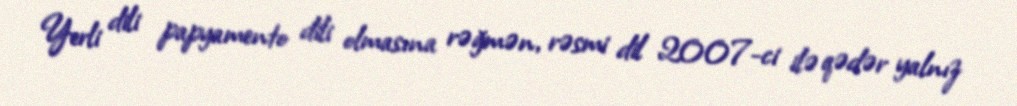
Yerli dili papyamento dili olmasına rəğmən, rəsmi dil 2007-ci ilə qədər yalnız